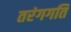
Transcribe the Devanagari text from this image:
तरंगगति